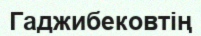
Гаджибековтің